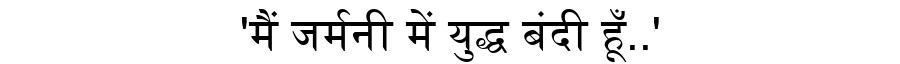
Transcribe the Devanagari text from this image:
'मैं जर्मनी में युद्ध बंदी हूँ..'